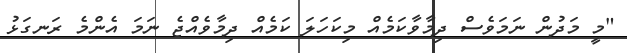
"މީ މަދުން ނަމަވެސް ދިމާވާކަމެއް މިކަހަލަ ކަމެއް ދިމާވެއްޖެ ނަމަ އެންމެ ރަނގަޅު